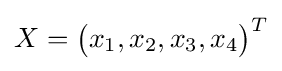
X={\begin{pmatrix}x_{1},x_{2},x_{3},x_{4}\end{pmatrix}}^{T}